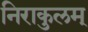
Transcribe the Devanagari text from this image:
निराकुलम्